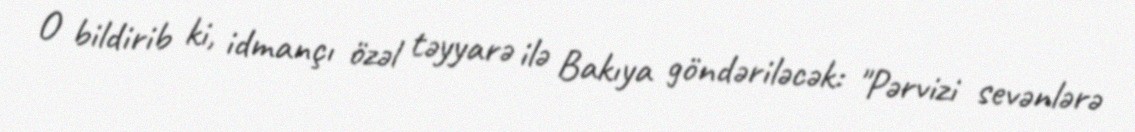
O bildirib ki, idmançı özəl təyyarə ilə Bakıya göndəriləcək: "Pərvizi sevənlərə